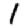
Digit: 1